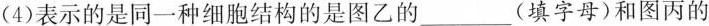
(4)表示的是同一种细胞结构的是图乙的___(填字母)和图丙的